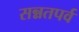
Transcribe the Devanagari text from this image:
सन्नतपर्व